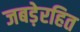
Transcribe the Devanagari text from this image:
जबड़ेरहित